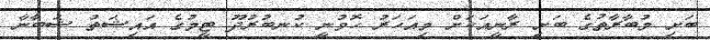
ބަށި މުބާރާތުގެ ބަށި ރާނީއަކަށް މިއަހަރު ހޮވުނީ ކުނބުރުދޫ ޓީމުގެ އައިޝަތު ޝަބާނާ